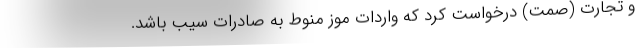
و تجارت (صمت) درخواست کرد که واردات موز منوط به صادرات سیب باشد.